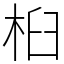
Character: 桕